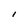
Character: l